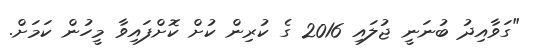
"ގަވާއިދު ބުނަނީ ޖުލައި 2016 ގެ ކުރިން ކުށް ކޮށްފައިވާ މީހުން ކަމަށް.